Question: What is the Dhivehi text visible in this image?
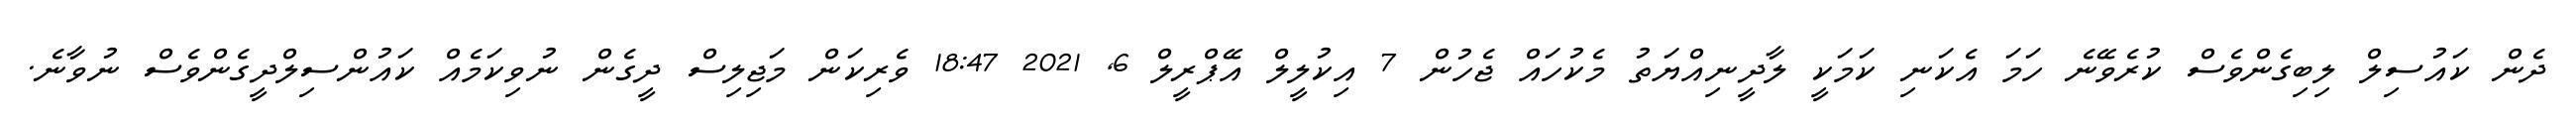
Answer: ދެން ކައުސިލް ލިބިގެންވެސް ކުރެވޭނެ ހަމަ އެކަނި ކަމަކީ ލާދީނިއްޔަތު މެކުހައް ޖެހުން 7 އިކުލީލް އޭޕްރީލް 6, 2021 18:47 ވެރިކަން މަޖިލިސް ދީގެން ނުވިކަމެއް ކައުންސިލްދީގެންވެސް ނުވާނެ.